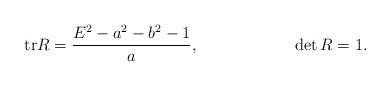
LaTeX: \begin{align*}\mathrm{tr}R &= \frac{E^2 - a^2 - b^2 - 1}{a}, &\det R &= 1.\end{align*}